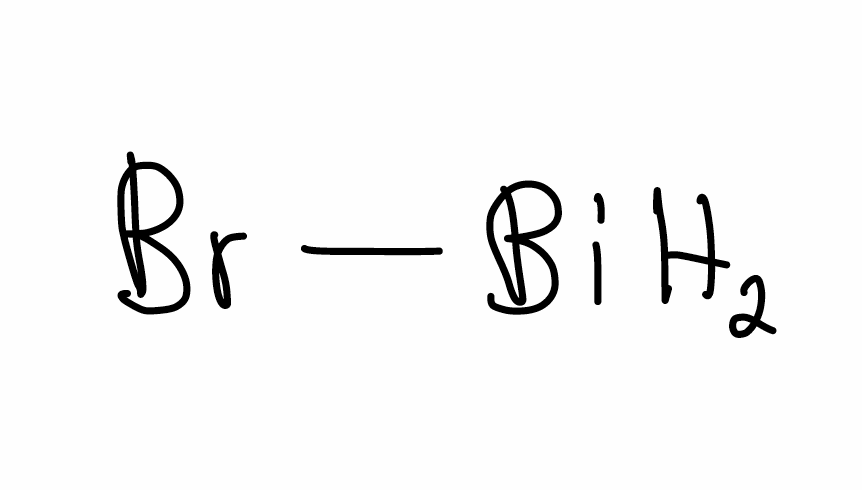
Simplified molecular-input line-entry system (SMILES) notation of the given molecule:
Br[BiH2]